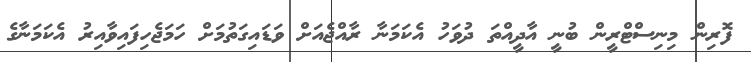
ފޮރިން މިނިސްޓްރީން ބުނީ އާދީއްތަ ދުވަހު އެކަމަނާ ރާއްޖެއަށް ވަޑައިގަތުމަށް ހަމަޖެހިފައިވާއިރު އެކަމަނާގެ